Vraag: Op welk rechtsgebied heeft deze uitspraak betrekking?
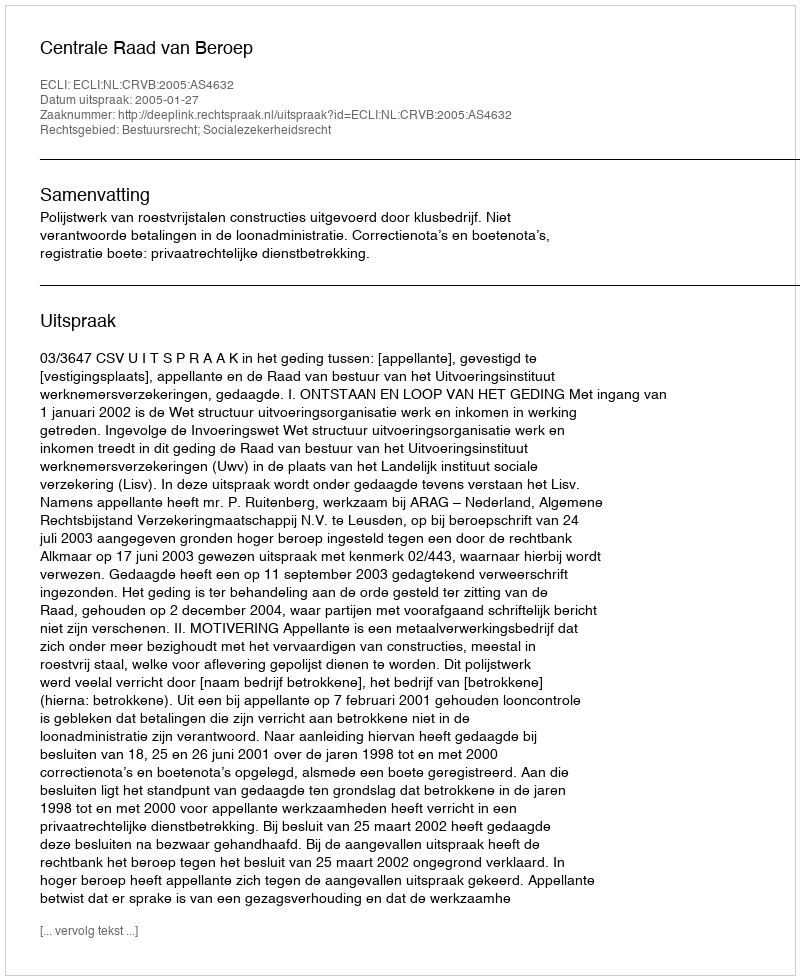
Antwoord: Bestuursrecht; Socialezekerheidsrecht